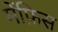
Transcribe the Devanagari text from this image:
मेंफ़िस